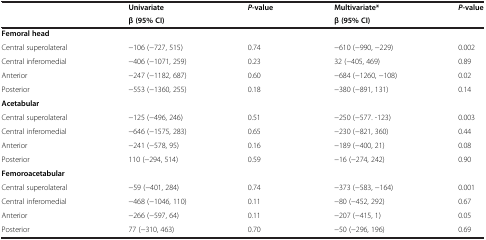
|  | Univariate | P-value | Multivariate* | P-value |
 |  | β (95% CI) |  | β (95% CI) |  |
 | --- | --- | --- | --- | --- |
 | <COLSPAN=5> Femoral head |
 | Central superolateral | −106 (−727, 515) | 0.74 | −610 (−990, −229) | 0.002 |
 | Central inferomedial | −406 (−1071, 259) | 0.23 | 32 (−405, 469) | 0.89 |
 | Anterior | −247 (−1182, 687) | 0.60 | −684 (−1260, −108) | 0.02 |
 | Posterior | −553 (−1360, 255) | 0.18 | −380 (−891, 131) | 0.14 |
 | <COLSPAN=5> Acetabular |
 | Central superolateral | −125 (−496, 246) | 0.51 | −250 (−577. -123) | 0.003 |
 | Central inferomedial | −646 (−1575, 283) | 0.65 | −230 (−821, 360) | 0.44 |
 | Anterior | −241 (−578, 95) | 0.16 | −189 (−400, 21) | 0.08 |
 | Posterior | 110 (−294, 514) | 0.59 | −16 (−274, 242) | 0.90 |
 | <COLSPAN=5> Femoroacetabular |
 | Central superolateral | −59 (−401, 284) | 0.74 | −373 (−583, −164) | 0.001 |
 | Central inferomedial | −468 (−1046, 110) | 0.11 | −80 (−452, 292) | 0.67 |
 | Anterior | −266 (−597, 64) | 0.11 | −207 (−415, 1) | 0.05 |
 | Posterior | 77 (−310, 463) | 0.70 | −50 (−296, 196) | 0.69 |